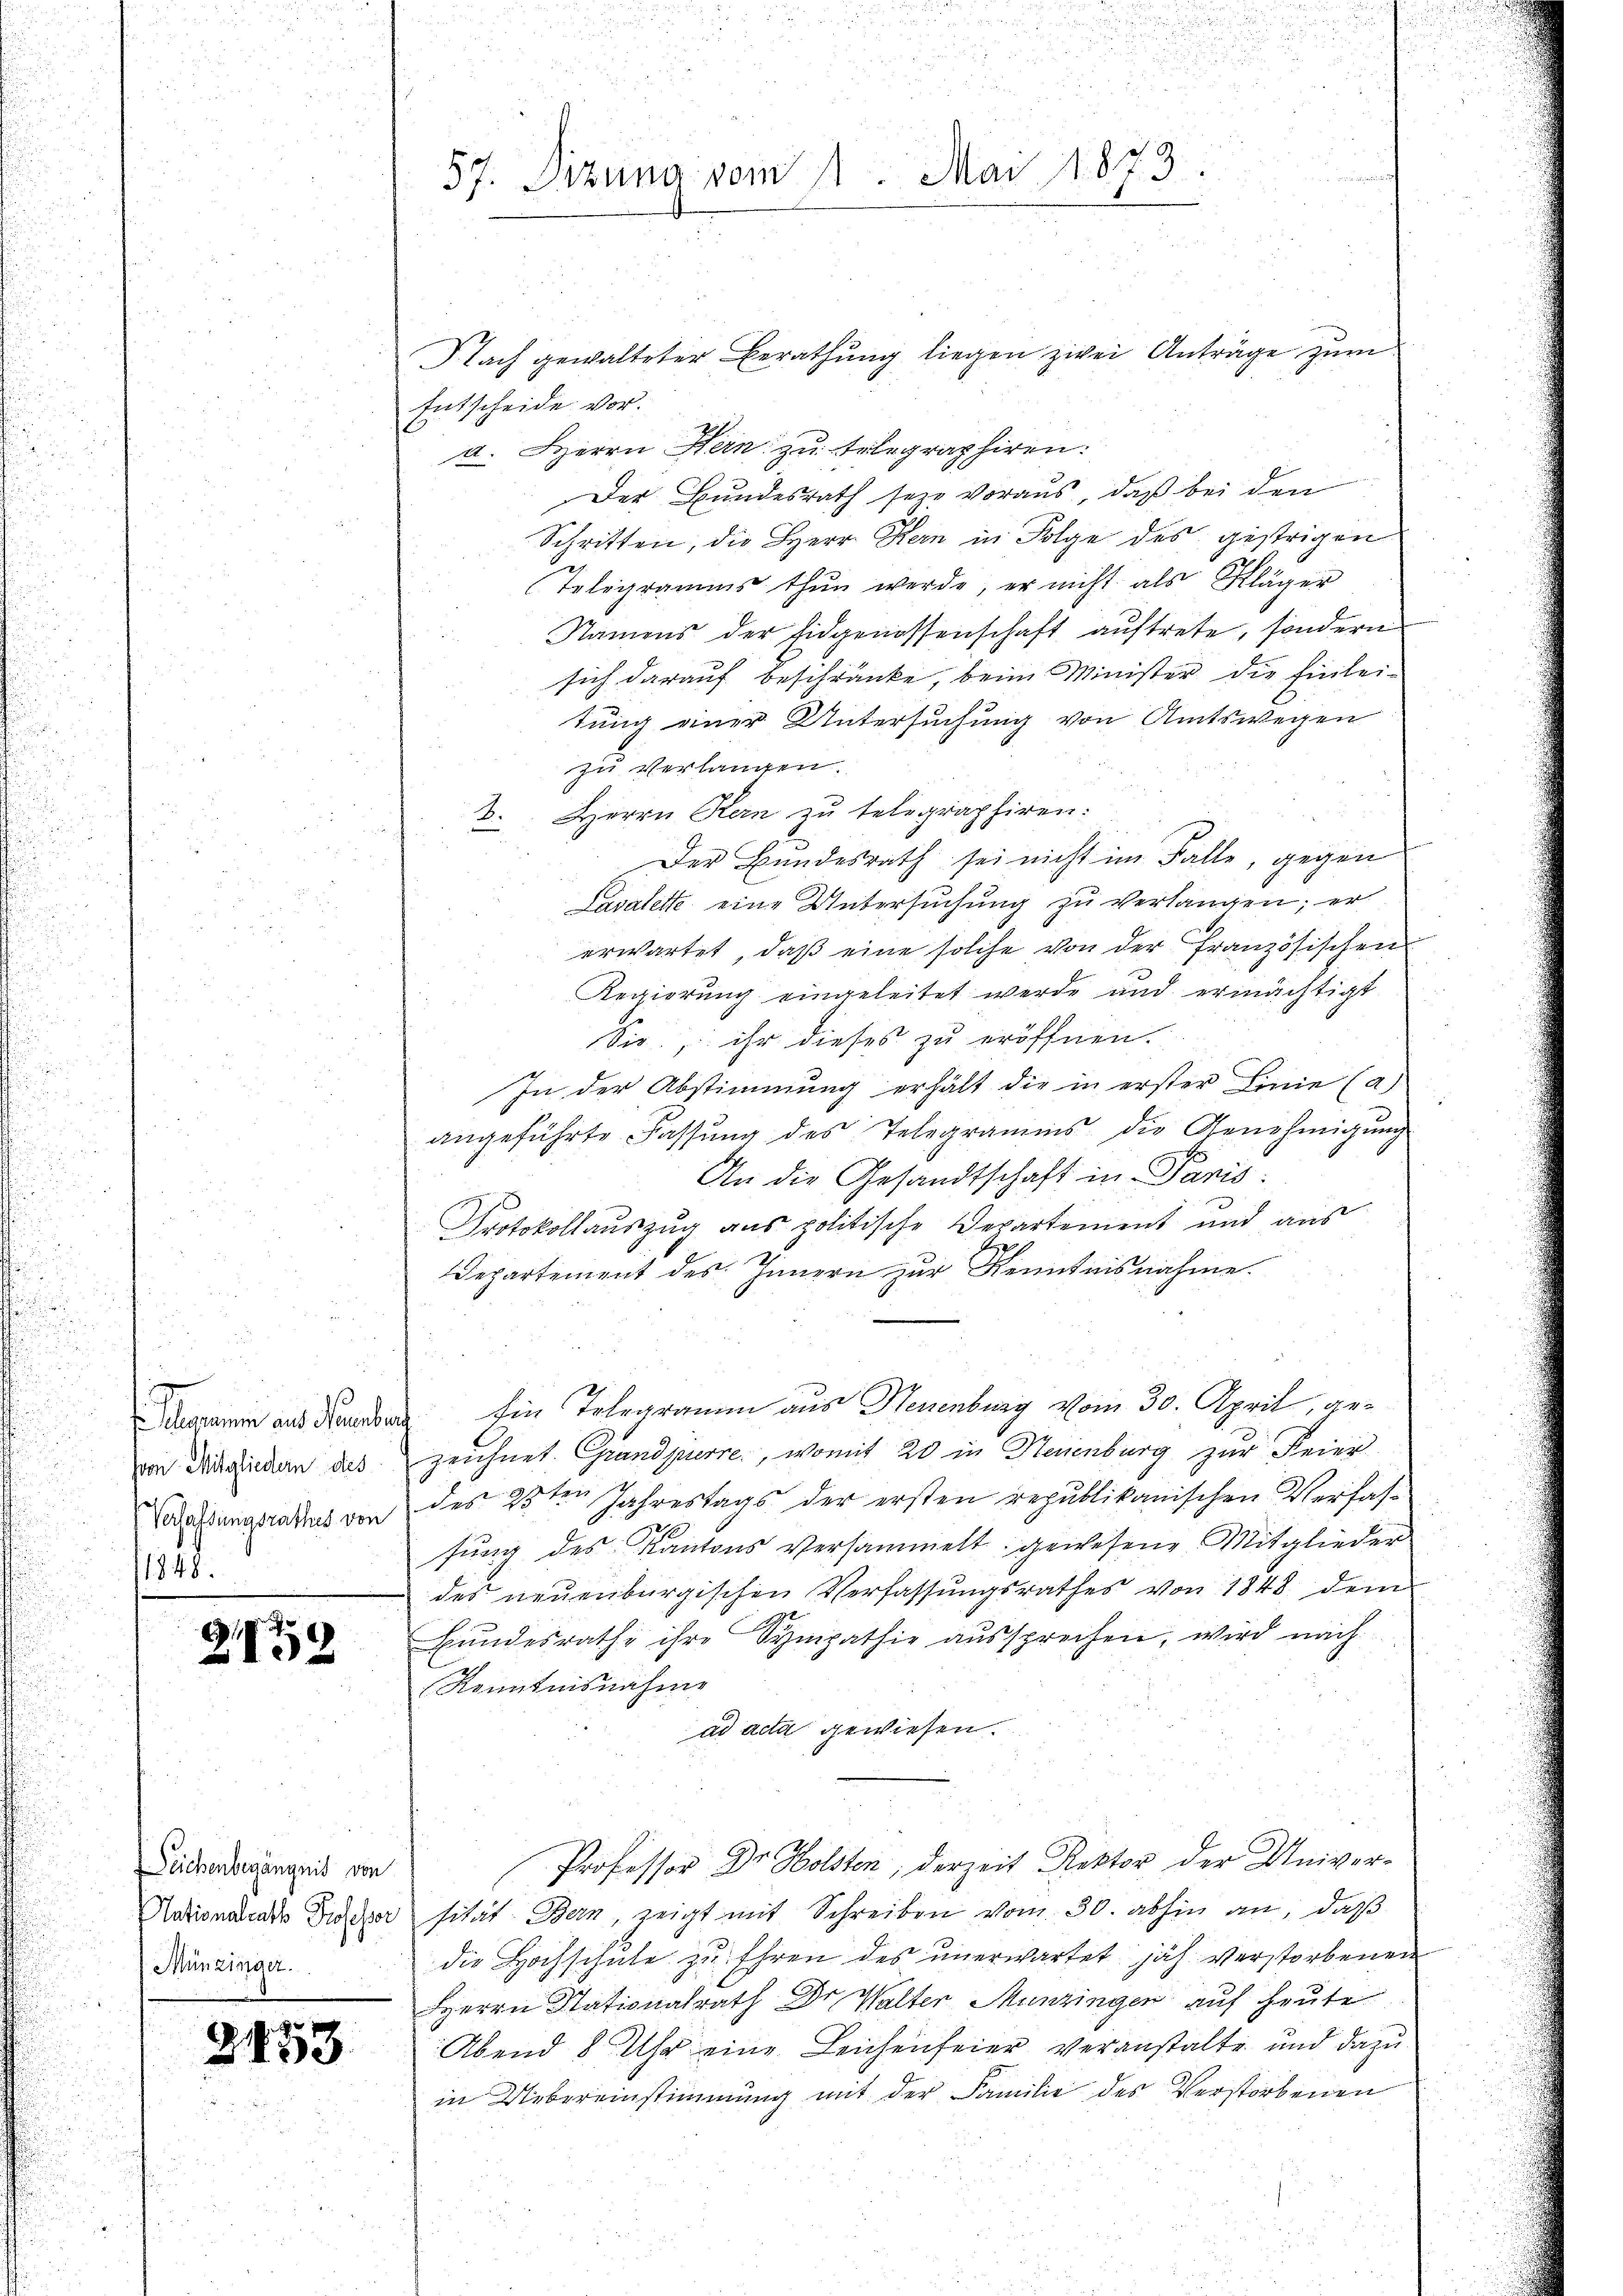
von Mitgliedern dies
Verfassungsrathes von
1848.

2159

Deichenbegängnis von
Nationalrath Professor
Münzinger.

2453

Nach gewalteter Berathŭng liegen zwei Anträge zŭm
Entscheide vor.
a. Herrn Kern zu telegraphiren.
Der Bundesrath seye voraus, daß bei den
Schritten, die Herr Kern in Folge des gestrigen
Telegramms thun werde, er nicht als Kläger
Namens der Eidgenossenschaft auftrete, sondern
sich darauf beschränke, beim Minister die Einleitung einer Untersuchung von Amtswegen
zu verlangen.
B. Herrn Kern zu telegraphiren:
Der Bundesrath sei nicht im Falle, gegen
Lavalette eine Untersuchung zu verlangen; er
erwartet, daß eine solche von der Französischen
Regierung eingeleitet werde und ermächtigt
Sie, ihr dieses zu eröffnen.
In der Abstimmung erhält die in erster Linie (a)
angeführte Fassung des Telegramms die Genehmigung
An die Gesandtschaft in Paris.
Protokollauszug aus politische Departement und aus
9
Departement des Innern zur Kenntnisnahme.
amin aus der Ein Telegramm aus Neuenburg vom 30. April, gezeichnet Grandjierre, womit 20 in Neuenburg zur Feier
des 25ten Jahrestags der ersten republikanischen Verfasfung des Kantons versammelt gewesene Mitglieder
des neuenburgischen Verfassŭngsrathes von 1848 dem
Bundesrathe ihre Sympathie aussprechen, wird nach
Kenntnisnahme
ad acta gewiesen.
Professor Dr. Holsten, derzeit Rektor der Universität Bern, zeigt mit Schreiben vom 30. abhin an, daß
die Hochschule zu Ehren des unerwartet jäh verstorbenen
Herrn Stationalrath Dr. Walter Munzingen auf heute
Abend 8 Uhr eine Leichenfeier veranstalte und dazu
in Uebereinstimmung mit der Familie des Verstorbenen

57. Sizung vom 11. Mai 1873.